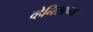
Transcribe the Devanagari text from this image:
व्हेनिसाच्या